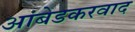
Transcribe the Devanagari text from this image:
अांबेडकरवाद